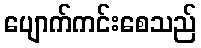
ပျောက်ကင်းစေသည်